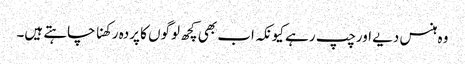
وہ ہنس دیے اورچپ رہے کیونکہ اب بھی کچھ لوگوں کا پردہ رکھنا چاہتے ہیں۔